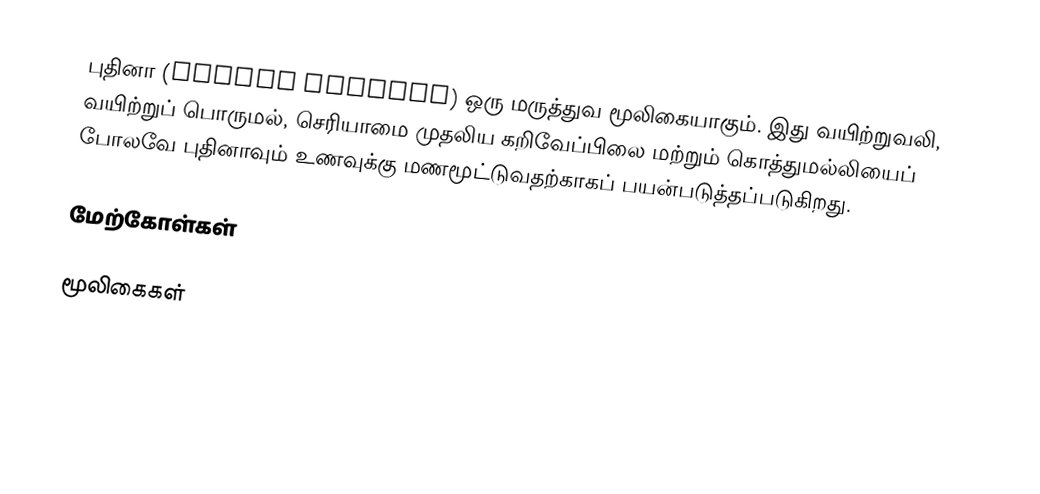
புதினா (Mentha spicata) ஒரு மருத்துவ மூலிகையாகும். இது வயிற்றுவலி, வயிற்றுப் பொருமல், செரியாமை முதலிய கறிவேப்பிலை மற்றும் கொத்துமல்லியைப் போலவே புதினாவும் உணவுக்கு மணமூட்டுவதற்காகப் பயன்படுத்தப்படுகிறது.

மேற்கோள்கள்

மூலிகைகள்